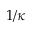
1 / \kappa